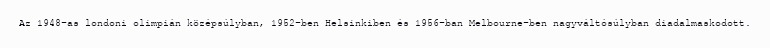
Az 1948-as londoni olimpián középsúlyban, 1952-ben Helsinkiben és 1956-ban Melbourne-ben nagyváltósúlyban diadalmaskodott.